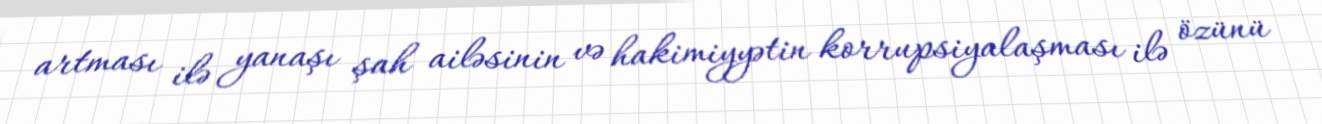
artması ilə yanaşı şah ailəsinin və hakimiyyətin korrupsiyalaşması ilə özünü